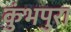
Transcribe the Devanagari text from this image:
कुंभपुरा